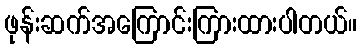
ဖုန်းဆက်အကြောင်းကြားထားပါတယ်။